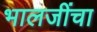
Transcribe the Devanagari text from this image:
भालजींचा